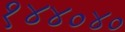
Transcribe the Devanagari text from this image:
१४४०४०